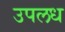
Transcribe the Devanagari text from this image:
उपलध